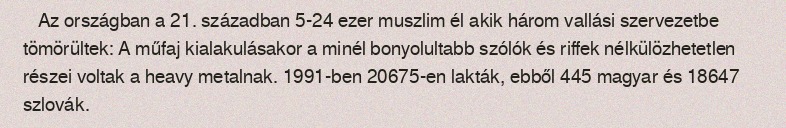
Az országban a 21. században 5-24 ezer muszlim él akik három vallási szervezetbe tömörültek: A műfaj kialakulásakor a minél bonyolultabb szólók és riffek nélkülözhetetlen részei voltak a heavy metalnak. 1991-ben 20675-en lakták, ebből 445 magyar és 18647 szlovák.